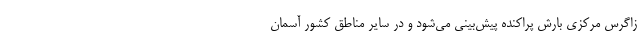
زاگرس مرکزی بارش پراکنده پیش‌بینی می‌شود و در سایر مناطق کشور آسمان